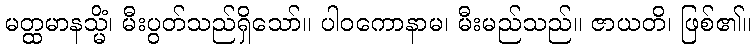
မတ္ထမာနသ္မိံ၊ မီးပွတ်သည်ရှိသော်။ ပါဝကောနာမ၊ မီးမည်သည်။ ဇာယတိ၊ ဖြစ်၏။